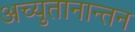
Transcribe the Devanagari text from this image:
अच्युतानान्तन